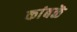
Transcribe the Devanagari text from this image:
कांबळॆ